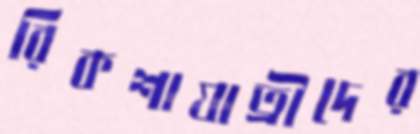
রিকশাযাত্রীদের